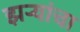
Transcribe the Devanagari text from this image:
झर्‍यांचा